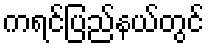
ကရင်ပြည်နယ်တွင်